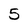
Character: 5